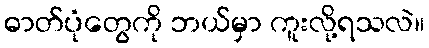
ဓာတ်ပုံတွေကို ဘယ်မှာ ကူးလို့ရသလဲ။